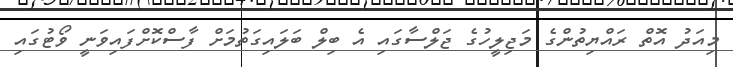
މިއަދު އޮތް ރައްޔިތުންގެ މަޖިލީހުގެ ޖަލްސާގައި އެ ބިލް ބަލައިގަތުމަށް ފާސްކޮށްފައިވަނީ ވޯޓުގައި